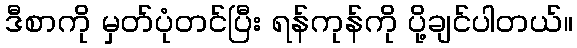
ဒီစာကို မှတ်ပုံတင်ပြီး ရန်ကုန်ကို ပို့ချင်ပါတယ်။